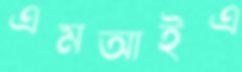
এমআইএ